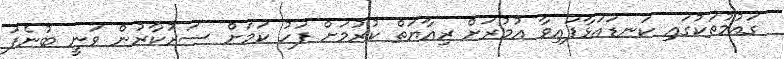
ގައުމުތަކުގައި ކަނޑައަޅާފައިވާ އުމުރަށް ރިއާޔަތް ކުރުމަށް ފަހު ކަމަށް ސަރުކާރުން ވަނީ ބުނެފަ